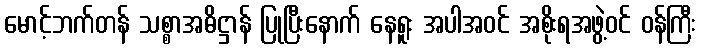
မောင့်ဘက်တန် သစ္စာအဓိဋ္ဌာန် ပြုပြီးနောက် နေရူး အပါအဝင် အစိုးရအဖွဲ့ဝင် ဝန်ကြီး